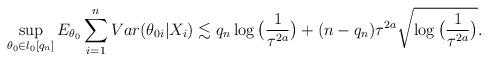
LaTeX: \begin{align*} \sup_{\theta_{0}\in l_{0}[q_{n}]}E_{\theta_{0}} \sum_{i=1}^{n} Var(\theta_{0i}|X_i) \lesssim q_n\log\big(\frac{1}{\tau^{2a}}\big)+(n-q_n)\tau^{2a}\sqrt{\log\big(\frac{1}{\tau^{2a}}\big)}. \end{align*}